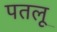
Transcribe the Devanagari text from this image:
पतलू